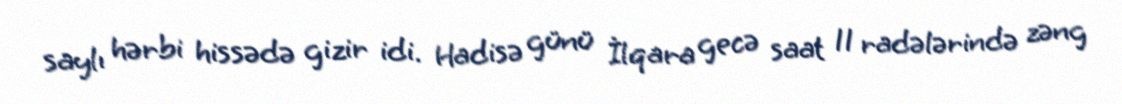
saylı hərbi hissədə gizir idi. Hadisə günü İlqara gecə saat 11 radələrində zəng